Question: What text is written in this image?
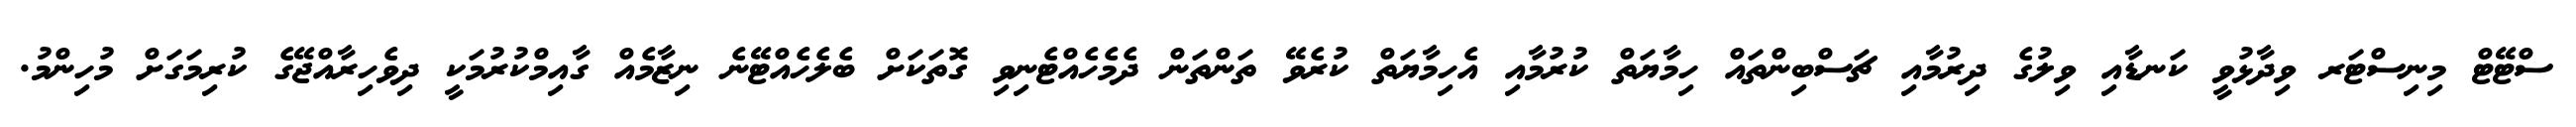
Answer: ސްޓޭޓް މިނިސްޓަރ ވިދާޅުވީ ކަނޑާއި ވިލުގެ ދިރުމާއި ޗަސްބިންތައް ހިމާޔަތް ކުރުމާއި އެހިމާޔަތް ކުރެވޭ ތަންތަން ދެމެހެއްޓެނިވި ގޮތަކަށް ބެލެހެއްޓޭނެ ނިޒާމެއް ގާއިމްކުރުމަކީ ދިވެހިރާއްޖޭގެ ކުރިމަގަށް މުހިންމު.